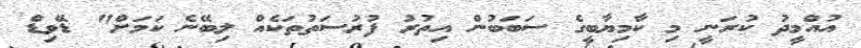
އުއްމީދު ކުރަނީ މި ކާމިޔާބީގެ ސަބަބުން އިތުރު ފުރުސަތުތަކެއް ލިބޭނެ ކަމަށް" ޑޭވިޑް